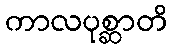
ကာလပုစ္ဆာတိ